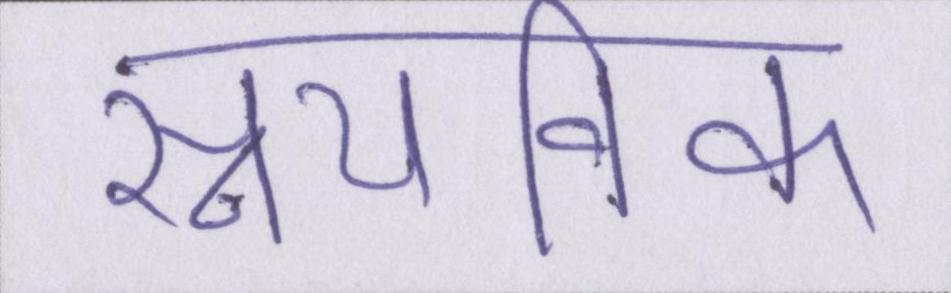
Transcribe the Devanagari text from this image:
स्नायविक